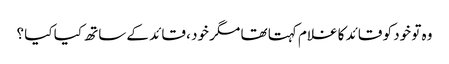
وہ تو خود کو قائد کا غلام کہتا تھا مگر خود ، قائد کے ساتھ کیا کیا ؟